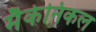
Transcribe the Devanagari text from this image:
मैकेनिकल